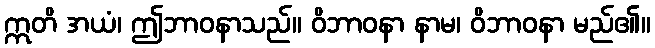
ဣတိ အယံ၊ ဤဘာဝနာသည်။ ဝိဘာဝနာ နာမ၊ ဝိဘာဝနာ မည်၏။